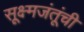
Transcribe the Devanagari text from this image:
सूक्ष्मजंतूंची